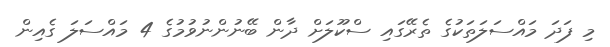
މި ފަދަ މައްސަލަތަކުގެ ތެރޭގައި ސްކޫލަށް ދާން ބޭނުންނުވުމުގެ 4 މައްސަލަ ގެއިން